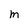
Character: m